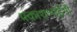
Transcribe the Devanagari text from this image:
प्रकाशभाईंनी